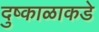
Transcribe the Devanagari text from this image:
दुष्काळाकडे